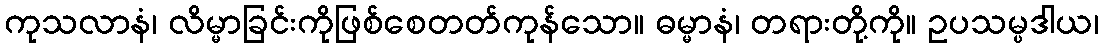
ကုသလာနံ၊ လိမ္မာခြင်းကိုဖြစ်စေတတ်ကုန်သော။ ဓမ္မာနံ၊ တရားတို့ကို။ ဥပသမ္ပဒါယ၊